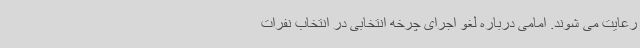
رعایت می شوند. امامی درباره لغو اجرای چرخه انتخابی در انتخاب نفرات